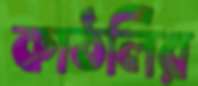
কাঠলির